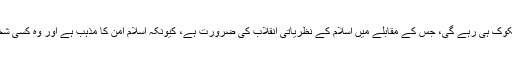
لیکن، بقول اُن کے، ’اس کی کامیابی مشکوک ہی رہے گی، جس کے مقابلے میں اسلام کے نظریاتی انقلاب کی ضرورت ہے، کیونکہ اسلام امن کا مذہب ہے اور وہ کسی شخص کو قتل کرنے کی اجازت نہیں دیتا‘۔